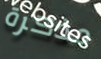
مذكرة